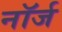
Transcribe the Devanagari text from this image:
नॉर्ज